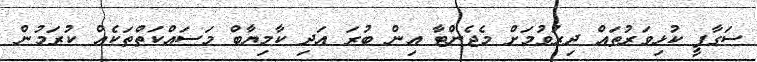
ސަގާފީ ކުޅިވަރުތައް ދިރުވުމަށް މެޖެންޓާ އިން ބުރަ އަދި ކާމިޔާބް މަސައްކަތްތަކެއް ކުރަމުން